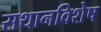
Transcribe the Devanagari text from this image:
सथानविशेष